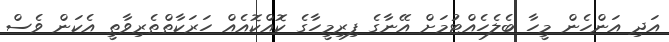
އަދި އަންހެން މީހާ ބެލެހެއްޓުމަށް އޭނާގެ ފިރިމީހާގެ ކޮއްކޮއެއް ހަރަކާތްތެރިވާތީ އެކަން ވެސް